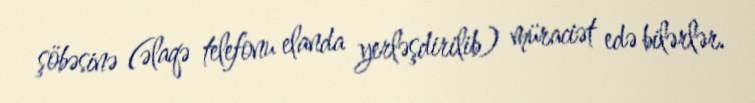
şöbəsinə (əlaqə telefonu elanda yerləşdirilib) müraciət edə bilərlər.